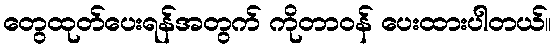
တွေထုတ်ပေးရန်အတွက် ကိုတာဝန် ပေးထားပါတယ်။